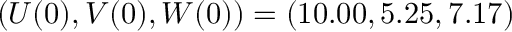
( U ( 0 ) , V ( 0 ) , W ( 0 ) ) = ( 1 0 . 0 0 , 5 . 2 5 , 7 . 1 7 )